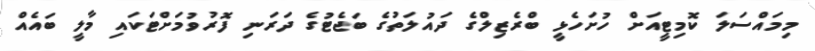
މިމައްސަލަ ކޮމިޓީއަށް ހުށަހެޅީ ބްރެޒިލްގެ ދައުލަތުގެ ބަޖެޓުގެ ދަރަނި ފޮރުވުމަށްޓަކައި މާލީ ބައެއް